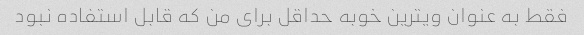
فقط به عنوان ویترین خوبه حداقل برای من که قابل استفاده نبود